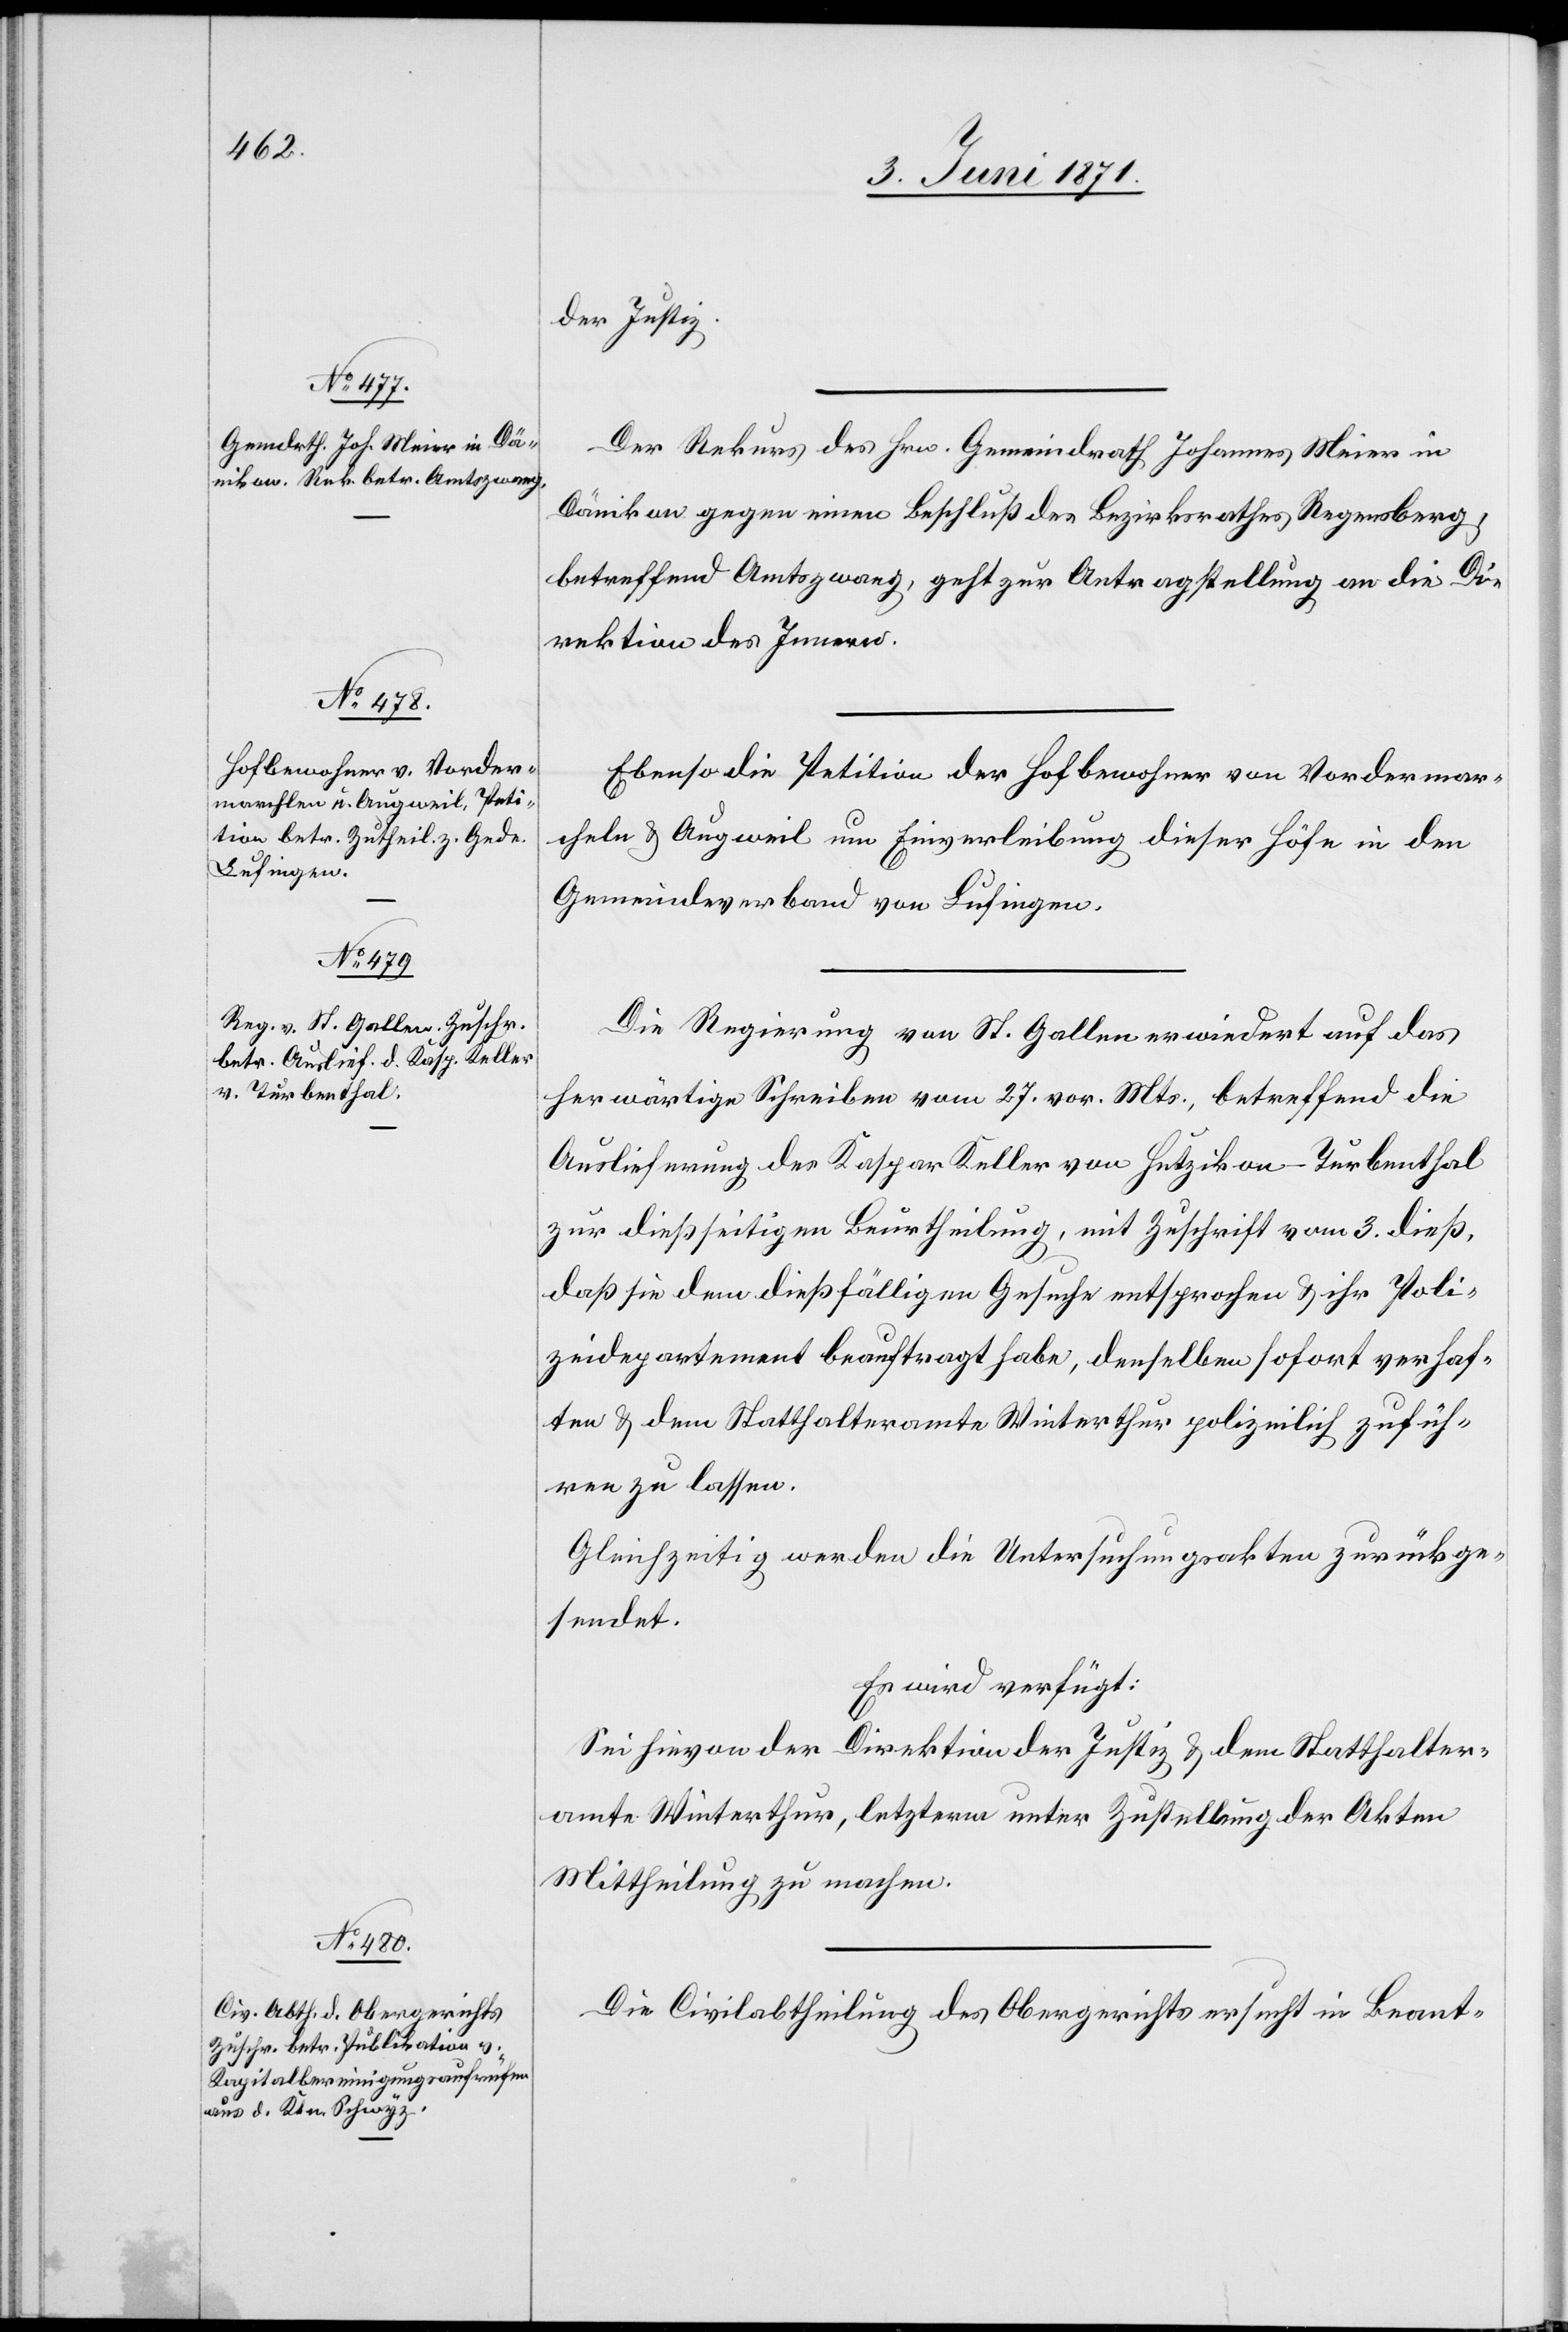
5. Juni 1871.]
cheln [si¬
Der Rekurs des Hrn. Gemeindrath Johannes Meier in
Dänikon gegen einen Beschluß des Bezirksrathes Regensberg,
betreffend Amtszwang, geht zur Antragstellung an die Di¬
rektion des Innern.
Ebenso die Petition der Hofbewohner von Vordermar¬
c!] u. Augweil um Einverleibung dieser Höfe in den
Gemeindeverband von Lufingen.
Die Regierung von St. Gallen erwiedert auf das
herwärtige Schreiben vom 27. vor. Mts., betreffend die
Auslieferung des Kaspar Keller von Hutzikon-Turbenthal
zur dießseitigen Beurtheilung, mit Zuschrift vom 3. dieß,
daß sie dem dießfälligen Gesuche entsprochen u. ihr Poli¬
zeidepartement beauftragt habe, denselben sofort verhaf¬
ten u. dem Statthalteramte Winterthur polizeilich zufüh¬
ren zu lassen.
Gleichzeitig werden die Untersuchungsakten zurückge¬
sendet.
Es wird verfügt:
Sei hievon der Direktion der Justiz u. dem Statthalter¬
amt Winterthur, letzterm unter Zustellung der Akten
Mittheilung zu machen.
Die Civilabtheilung des Obergerichts ersucht in Beant-